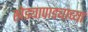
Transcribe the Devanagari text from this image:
खेड्यापाड्याच्या